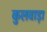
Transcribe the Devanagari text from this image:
कुलवाड़ा